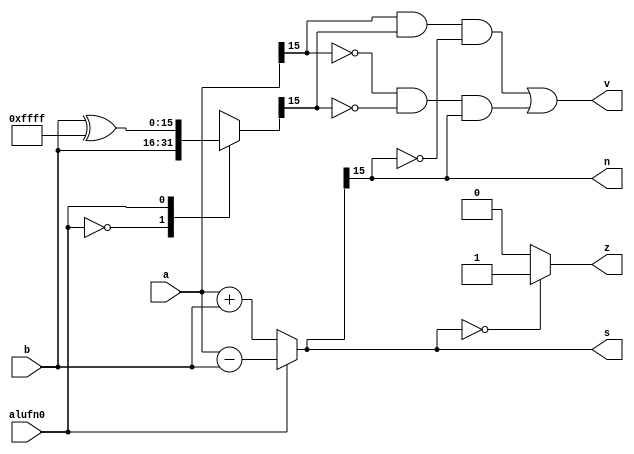
/*
   This file was generated automatically by the Mojo IDE version B1.3.6.
   Do not edit this file directly. Instead edit the original Lucid source.
   This is a temporary file and any changes made to it will be destroyed.
*/

module adder_5 (
    input alufn0,
    input [15:0] a,
    input [15:0] b,
    output reg [15:0] s,
    output reg z,
    output reg v,
    output reg n
  );
  
  
  
  reg [15:0] xb;
  
  reg [15:0] out;
  
  always @* begin
    xb = 16'h0000;
    s = 16'h0000;
    z = 1'h0;
    v = 1'h0;
    n = 1'h0;
    
    case (alufn0)
      1'h0: begin
        xb = b;
      end
      1'h1: begin
        xb = b ^ 16'hffff;
      end
    endcase
    out = (alufn0 == 1'h0) ? a + b : a - b;
    z = (out == 1'h0) ? 1'h1 : 1'h0;
    v = (a[15+0-:1] & xb[15+0-:1] & ~out[15+0-:1]) | (~a[15+0-:1] & ~xb[15+0-:1] & out[15+0-:1]);
    n = out[15+0-:1];
    s = out;
  end
endmodule